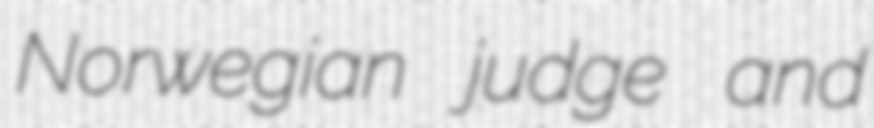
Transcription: Norwegian judge and